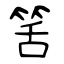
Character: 筈